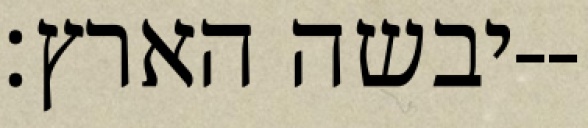
יבשה הארץ׃--